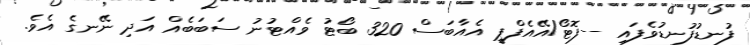
ފުނޑުފުނޑުވެފައި --ފޮޓޯ/އޭއެފްޕީ އެއާބަސް 320 ބޯޓު ވެއްޓުނު ސަބަބެއް އަދި ނޭނގެ އެވެ.